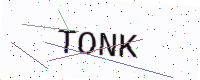
Text: TONK